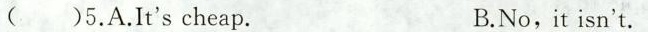
()5.A.It's cheap. B.No,it isn't.